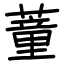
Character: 蕫